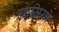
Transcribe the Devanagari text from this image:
उद्यमियो